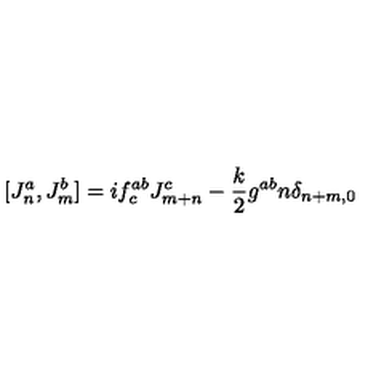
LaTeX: [ J _ { n } ^ { a } , J _ { m } ^ { b } ] = i f _ { c } ^ { a b } J _ { m + n } ^ { c } - { \frac { k } { 2 } } g ^ { a b } n \delta _ { n + m , 0 }